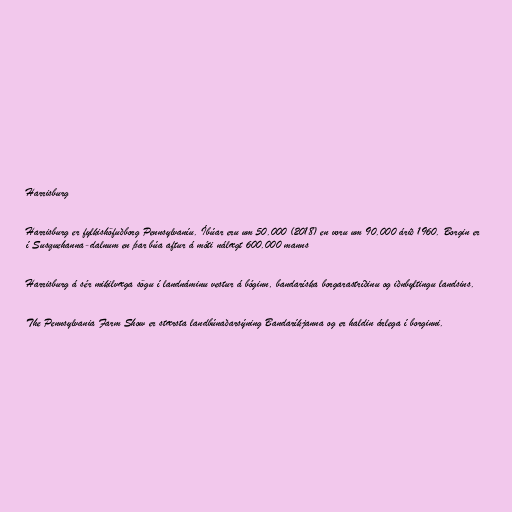
Harrisburg

Harrisburg er fylkishöfuðborg Pennsylvaníu. Íbúar eru um 50.000 (2018) en voru um 90.000 árið 1960. Borgin er
í Susquehanna-dalnum en þar búa aftur á móti nálægt 600.000 manns

Harrisburg á sér mikilvæga sögu í landnáminu vestur á bóginn, bandaríska borgarastríðinu og iðnbyltingu landsins.

The Pennsylvania Farm Show er stærsta landbúnaðarsýning Bandaríkjanna og er haldin árlega í borginni.